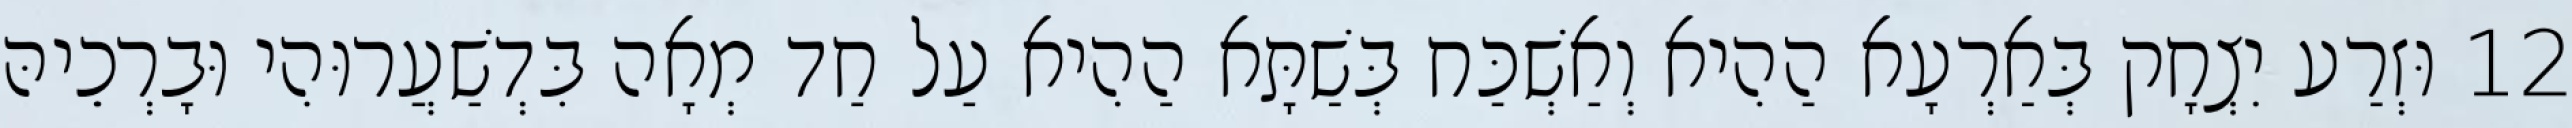
12 וּזְרַע יִצְחָק בְּאַרְעָא הַהִיא וְאַשְׁכַּח בְּשַׁתָּא הַהִיא עַל חַד מְאָה בִּדְשַׁעֲרוּהִי וּבָרְכֵיהּ